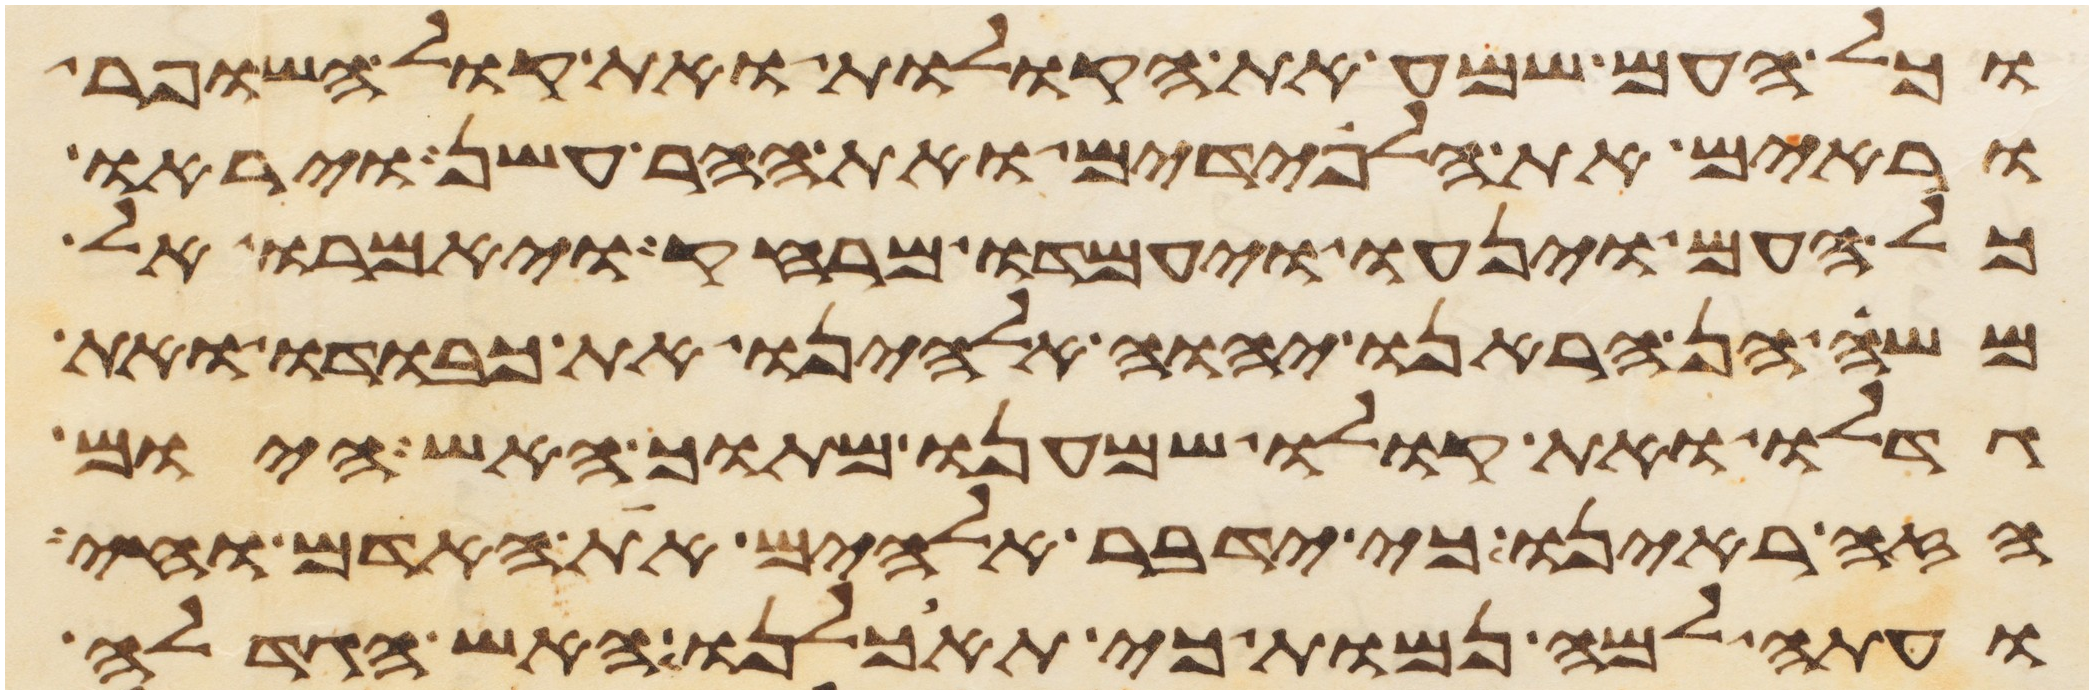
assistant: וכל העם שמע את הקולות ואת קול השופר
וראים את הלפידים ואת ההר עשן ויראו
כל העם וינעו ויעמדו מרחק ויאמרו אל
משה הן הראנו יהוה אלהינו את כבודו ואת
גדלו ואת קולו שמענו מתוך האש היום
הזה ראינו כי ידבר אלהים את האדם וחי
ועתה למה נמות כי תאכלנו האש הגדלה